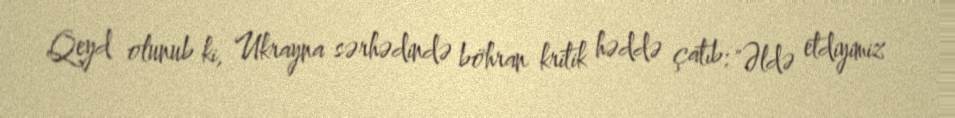
Qeyd olunub ki, Ukrayna sərhədində böhran kritik həddə çatıb: "Əldə etdiyimiz